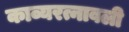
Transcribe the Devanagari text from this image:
काव्यरत्नावली